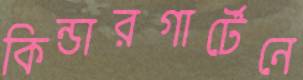
কিন্ডারগার্টেনে